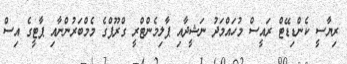
ރިޔާސީ ކެންޑިޑޭޓް ރައީސް މުހައްމަދު ނަޝީދާއި ޕާލިމެންޓްރީ ގްރޫޕްގެ މެމްބަރުންނާއި ޕާޓީގެ އިސް